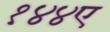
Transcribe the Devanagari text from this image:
१४४ए